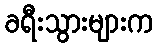
ခရီးသွားများက